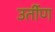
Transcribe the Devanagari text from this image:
उर्तीण